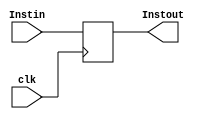
module Register1(Instin,
                 clk,
                 Instout);
    input [15:0] Instin;
    input clk;
    output reg [15:0] Instout = 16'h8040;
    
    always@(posedge clk)
    begin
        Instout = Instin;
        
        
    end
    
    
    
    
    
    
    
    
endmodule